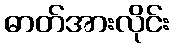
ဓာတ်အားလိုင်း